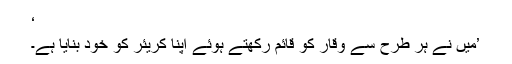
‘
’میں نے ہر طرح سے وقار کو قائم رکھتے ہوئے اپنا کریئر کو خود بنایا ہے۔